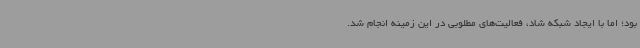
بود؛ اما با ایجاد شبکه شاد، فعالیت‌های مطلوبی در این زمینه انجام شد.